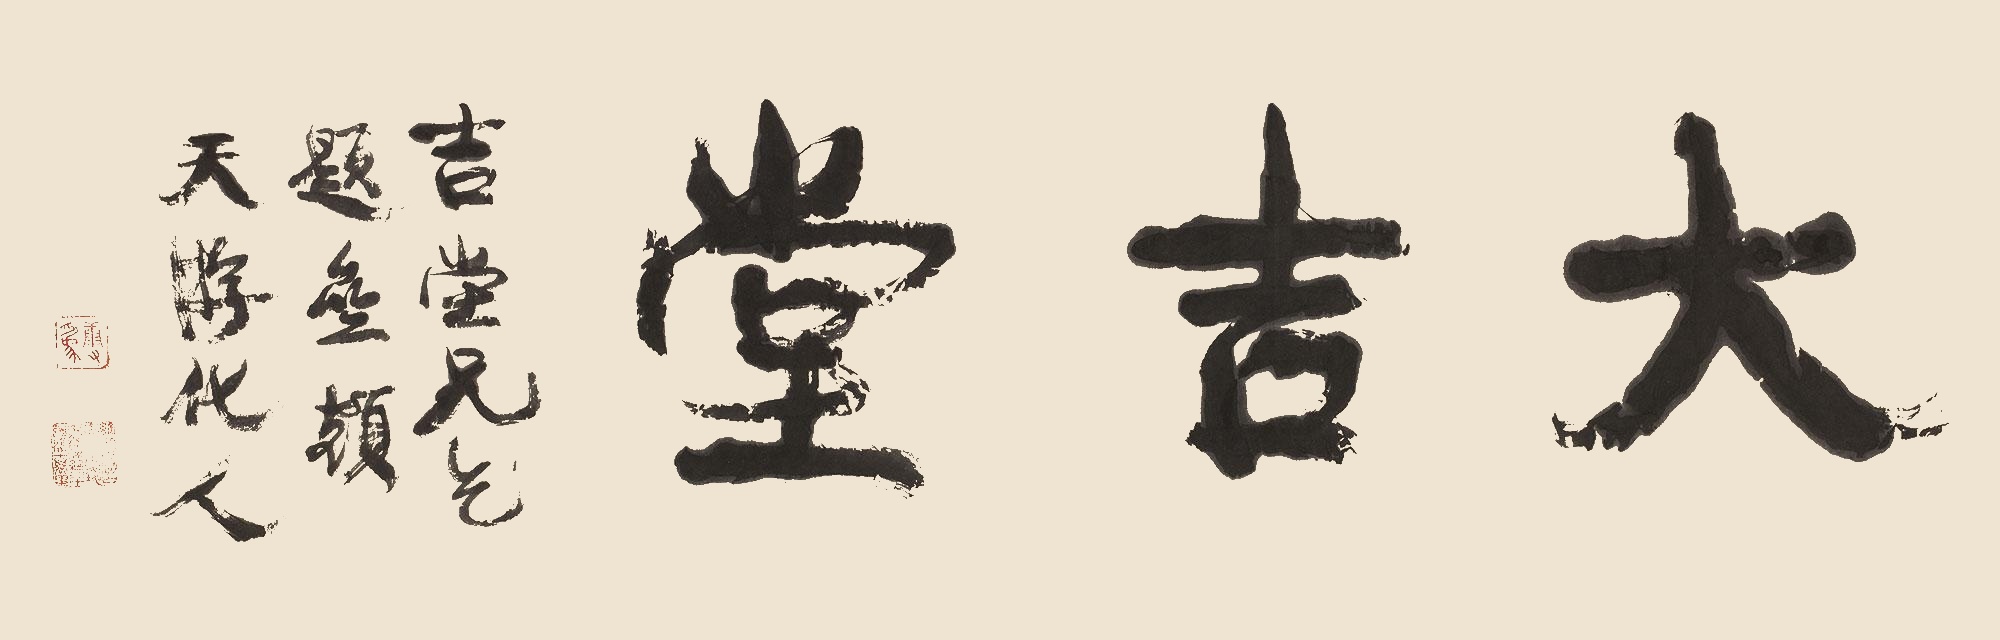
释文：大吉堂吉堂兄乞题斋额，天游化人。